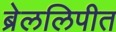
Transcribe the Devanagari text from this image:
ब्रेललिपीत